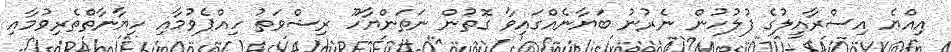
އިއްޔެ އިސްރާއީލުގެ ފުލުހުން ނެރުނު ބަޔާނެއްގައިވާ ގޮތުން ނަތަންޔާހޫ ރިޝްވަތު ހިއްޕެވުމާއި ހިޔާނާތްތެރިވުމާއި